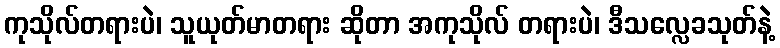
ကုသိုလ်တရားပဲ၊ သူယုတ်မာတရား ဆိုတာ အကုသိုလ် တရားပဲ၊ ဒီသလ္လေခသုတ်နဲ့